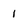
Character: 1